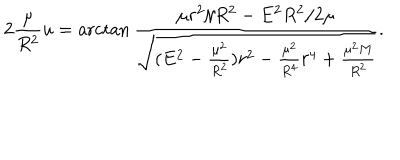
2 { \frac { \mu } { R ^ { 2 } } } u = \operatorname { a r c t a n } { \frac { \mu r ^ { 2 } / R ^ { 2 } - E ^ { 2 } R ^ { 2 } / 2 \mu } { \sqrt { ( E ^ { 2 } - { \frac { \mu ^ { 2 } } { R ^ { 2 } } } ) r ^ { 2 } - { \frac { \mu ^ { 2 } } { R ^ { 4 } } } r ^ { 4 } + { \frac { \mu ^ { 2 } M } { R ^ { 2 } } } } } } .